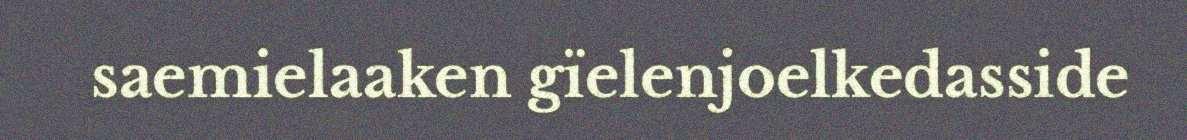
saemielaaken gïelenjoelkedasside